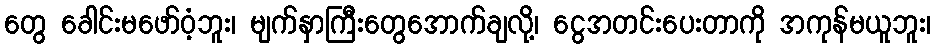
တွေ ခေါင်းမဖော်ဝံ့ဘူး၊ မျက်နှာကြီးတွေအောက်ချလို့၊ ငွေအတင်းပေးတာကို အကုန်မယူဘူး၊